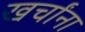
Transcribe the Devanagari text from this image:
खर्चांना